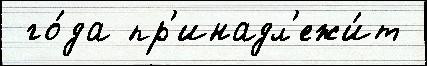
 го́да пр'инадл'ежи́т